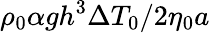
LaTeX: {\rho_{0}\alpha gh^{3}\Delta T_{0}}/{2\eta_{0}a}